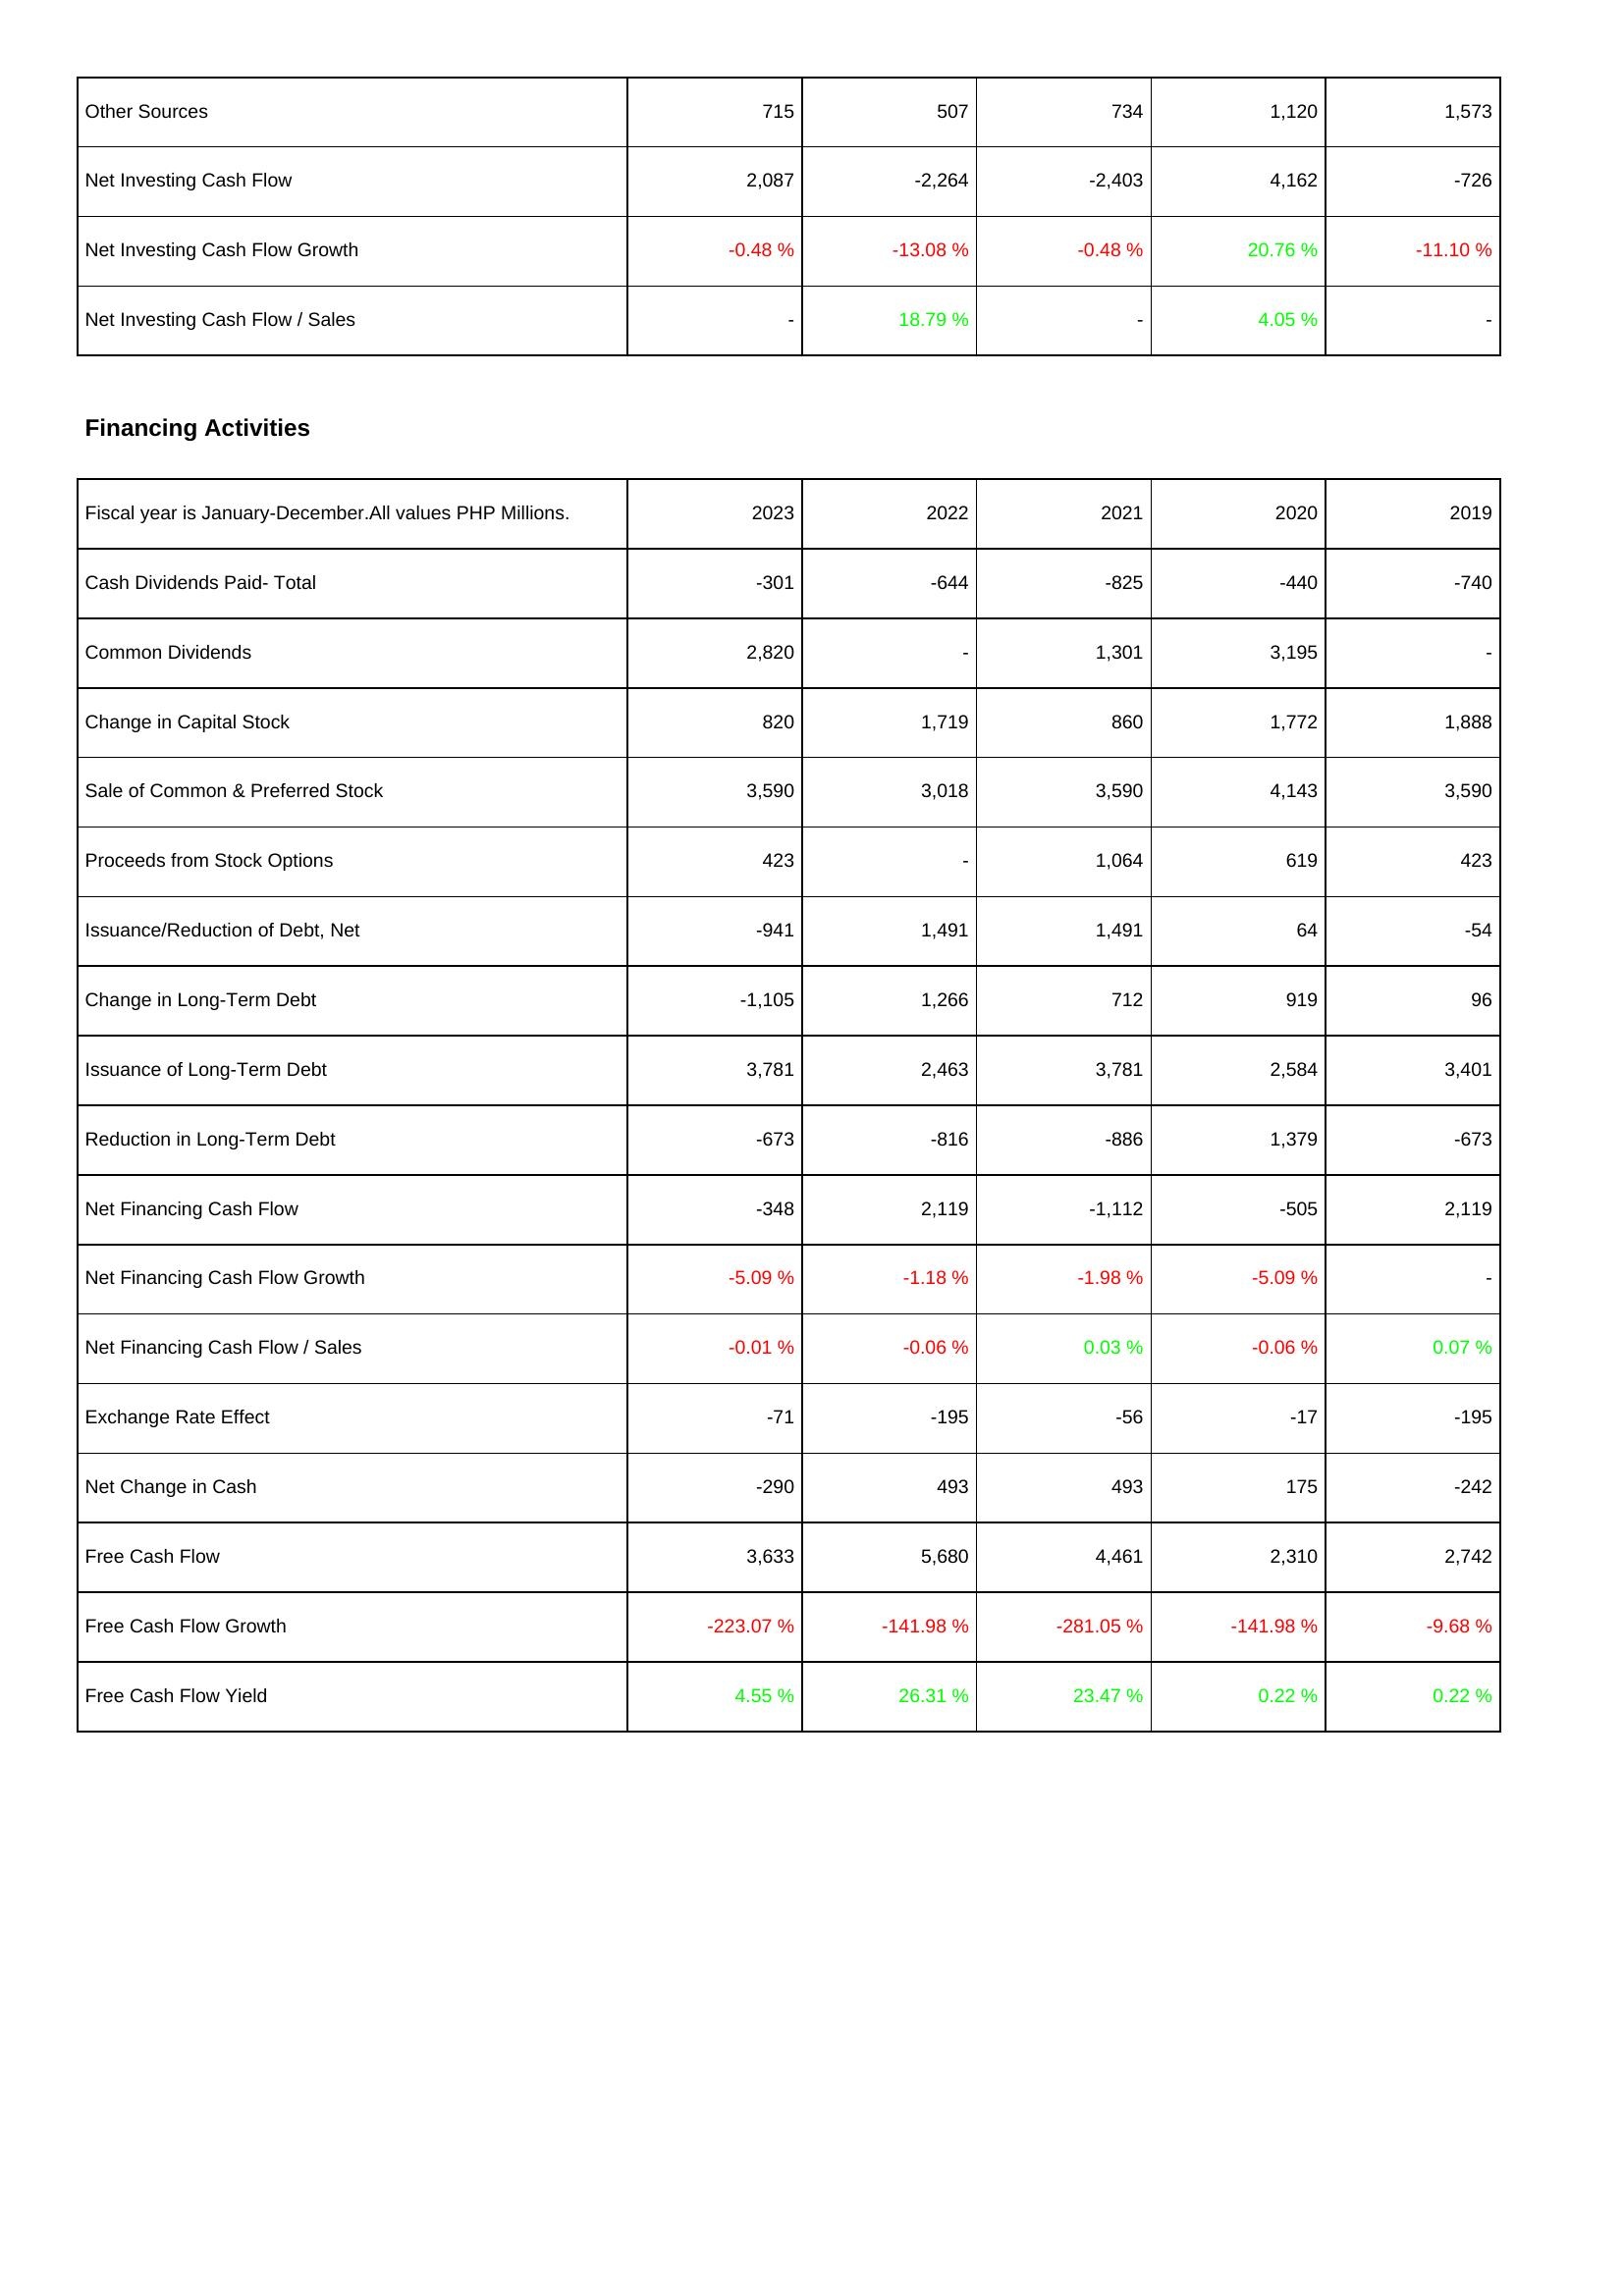
2023: Investing Activities: Other Sources: 715
Net Investing Cash Flow: 2,087
Net Investing Cash Flow Growth: -0.48 %
Net Investing Cash Flow / Sales: -
Financing Activities: Cash Dividends Paid- Total: -301
Common Dividends: 2,820
Change in Capital Stock: 820
Sale of Common & Preferred Stock: 3,590
Proceeds from Stock Options: 423
Issuance/Reduction of Debt, Net: -941
Change in Long-Term Debt: -1,105
Issuance of Long-Term Debt: 3,781
Reduction in Long-Term Debt: -673
Net Financing Cash Flow: -348
Net Financing Cash Flow Growth: -5.09 %
Net Financing Cash Flow / Sales: -0.01 %
Exchange Rate Effect: -71
Net Change in Cash: -290
Free Cash Flow: 3,633
Free Cash Flow Growth: -223.07 %
Free Cash Flow Yield: 4.55 %
2022: Investing Activities: Other Sources: 507
Net Investing Cash Flow: -2,264
Net Investing Cash Flow Growth: -13.08 %
Net Investing Cash Flow / Sales: 18.79 %
Financing Activities: Cash Dividends Paid- Total: -644
Common Dividends: -
Change in Capital Stock: 1,719
Sale of Common & Preferred Stock: 3,018
Proceeds from Stock Options: -
Issuance/Reduction of Debt, Net: 1,491
Change in Long-Term Debt: 1,266
Issuance of Long-Term Debt: 2,463
Reduction in Long-Term Debt: -816
Net Financing Cash Flow: 2,119
Net Financing Cash Flow Growth: -1.18 %
Net Financing Cash Flow / Sales: -0.06 %
Exchange Rate Effect: -195
Net Change in Cash: 493
Free Cash Flow: 5,680
Free Cash Flow Growth: -141.98 %
Free Cash Flow Yield: 26.31 %
2021: Investing Activities: Other Sources: 734
Net Investing Cash Flow: -2,403
Net Investing Cash Flow Growth: -0.48 %
Net Investing Cash Flow / Sales: -
Financing Activities: Cash Dividends Paid- Total: -825
Common Dividends: 1,301
Change in Capital Stock: 860
Sale of Common & Preferred Stock: 3,590
Proceeds from Stock Options: 1,064
Issuance/Reduction of Debt, Net: 1,491
Change in Long-Term Debt: 712
Issuance of Long-Term Debt: 3,781
Reduction in Long-Term Debt: -886
Net Financing Cash Flow: -1,112
Net Financing Cash Flow Growth: -1.98 %
Net Financing Cash Flow / Sales: 0.03 %
Exchange Rate Effect: -56
Net Change in Cash: 493
Free Cash Flow: 4,461
Free Cash Flow Growth: -281.05 %
Free Cash Flow Yield: 23.47 %
2020: Investing Activities: Other Sources: 1,120
Net Investing Cash Flow: 4,162
Net Investing Cash Flow Growth: 20.76 %
Net Investing Cash Flow / Sales: 4.05 %
Financing Activities: Cash Dividends Paid- Total: -440
Common Dividends: 3,195
Change in Capital Stock: 1,772
Sale of Common & Preferred Stock: 4,143
Proceeds from Stock Options: 619
Issuance/Reduction of Debt, Net: 64
Change in Long-Term Debt: 919
Issuance of Long-Term Debt: 2,584
Reduction in Long-Term Debt: 1,379
Net Financing Cash Flow: -505
Net Financing Cash Flow Growth: -5.09 %
Net Financing Cash Flow / Sales: -0.06 %
Exchange Rate Effect: -17
Net Change in Cash: 175
Free Cash Flow: 2,310
Free Cash Flow Growth: -141.98 %
Free Cash Flow Yield: 0.22 %
2019: Investing Activities: Other Sources: 1,573
Net Investing Cash Flow: -726
Net Investing Cash Flow Growth: -11.10 %
Net Investing Cash Flow / Sales: -
Financing Activities: Cash Dividends Paid- Total: -740
Common Dividends: -
Change in Capital Stock: 1,888
Sale of Common & Preferred Stock: 3,590
Proceeds from Stock Options: 423
Issuance/Reduction of Debt, Net: -54
Change in Long-Term Debt: 96
Issuance of Long-Term Debt: 3,401
Reduction in Long-Term Debt: -673
Net Financing Cash Flow: 2,119
Net Financing Cash Flow Growth: -
Net Financing Cash Flow / Sales: 0.07 %
Exchange Rate Effect: -195
Net Change in Cash: -242
Free Cash Flow: 2,742
Free Cash Flow Growth: -9.68 %
Free Cash Flow Yield: 0.22 %